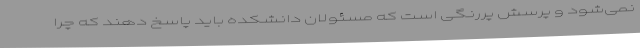
نمی‌شود و پرسش پررنگی است که مسئولان دانشکده باید پاسخ دهند که چرا